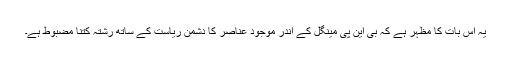
یہ اس بات کا مظہر ہے کہ بی این پی مینگل کے اندر موجود عناصر کا دشمن ریاست کے ساتھ رشتہ کتنا مضبوط ہے۔